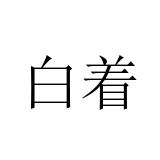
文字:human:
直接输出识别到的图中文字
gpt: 白着